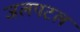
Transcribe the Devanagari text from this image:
जलपटल